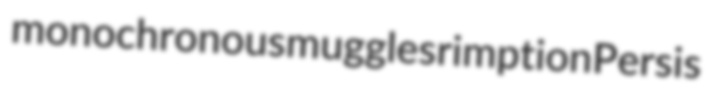
monochronous muggles rimption Persis